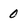
Character: 0